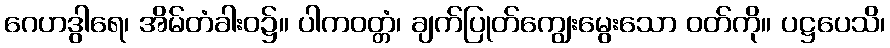
ဂေဟဒွါရေ၊ အိမ်တံခါးဝ၌။ ပါကဝတ္တံ၊ ချက်ပြုတ်ကျွေးမွေးသော ဝတ်ကို။ ပဋ္ဌပေသိ၊